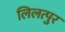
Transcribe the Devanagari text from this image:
लिलत्पुर